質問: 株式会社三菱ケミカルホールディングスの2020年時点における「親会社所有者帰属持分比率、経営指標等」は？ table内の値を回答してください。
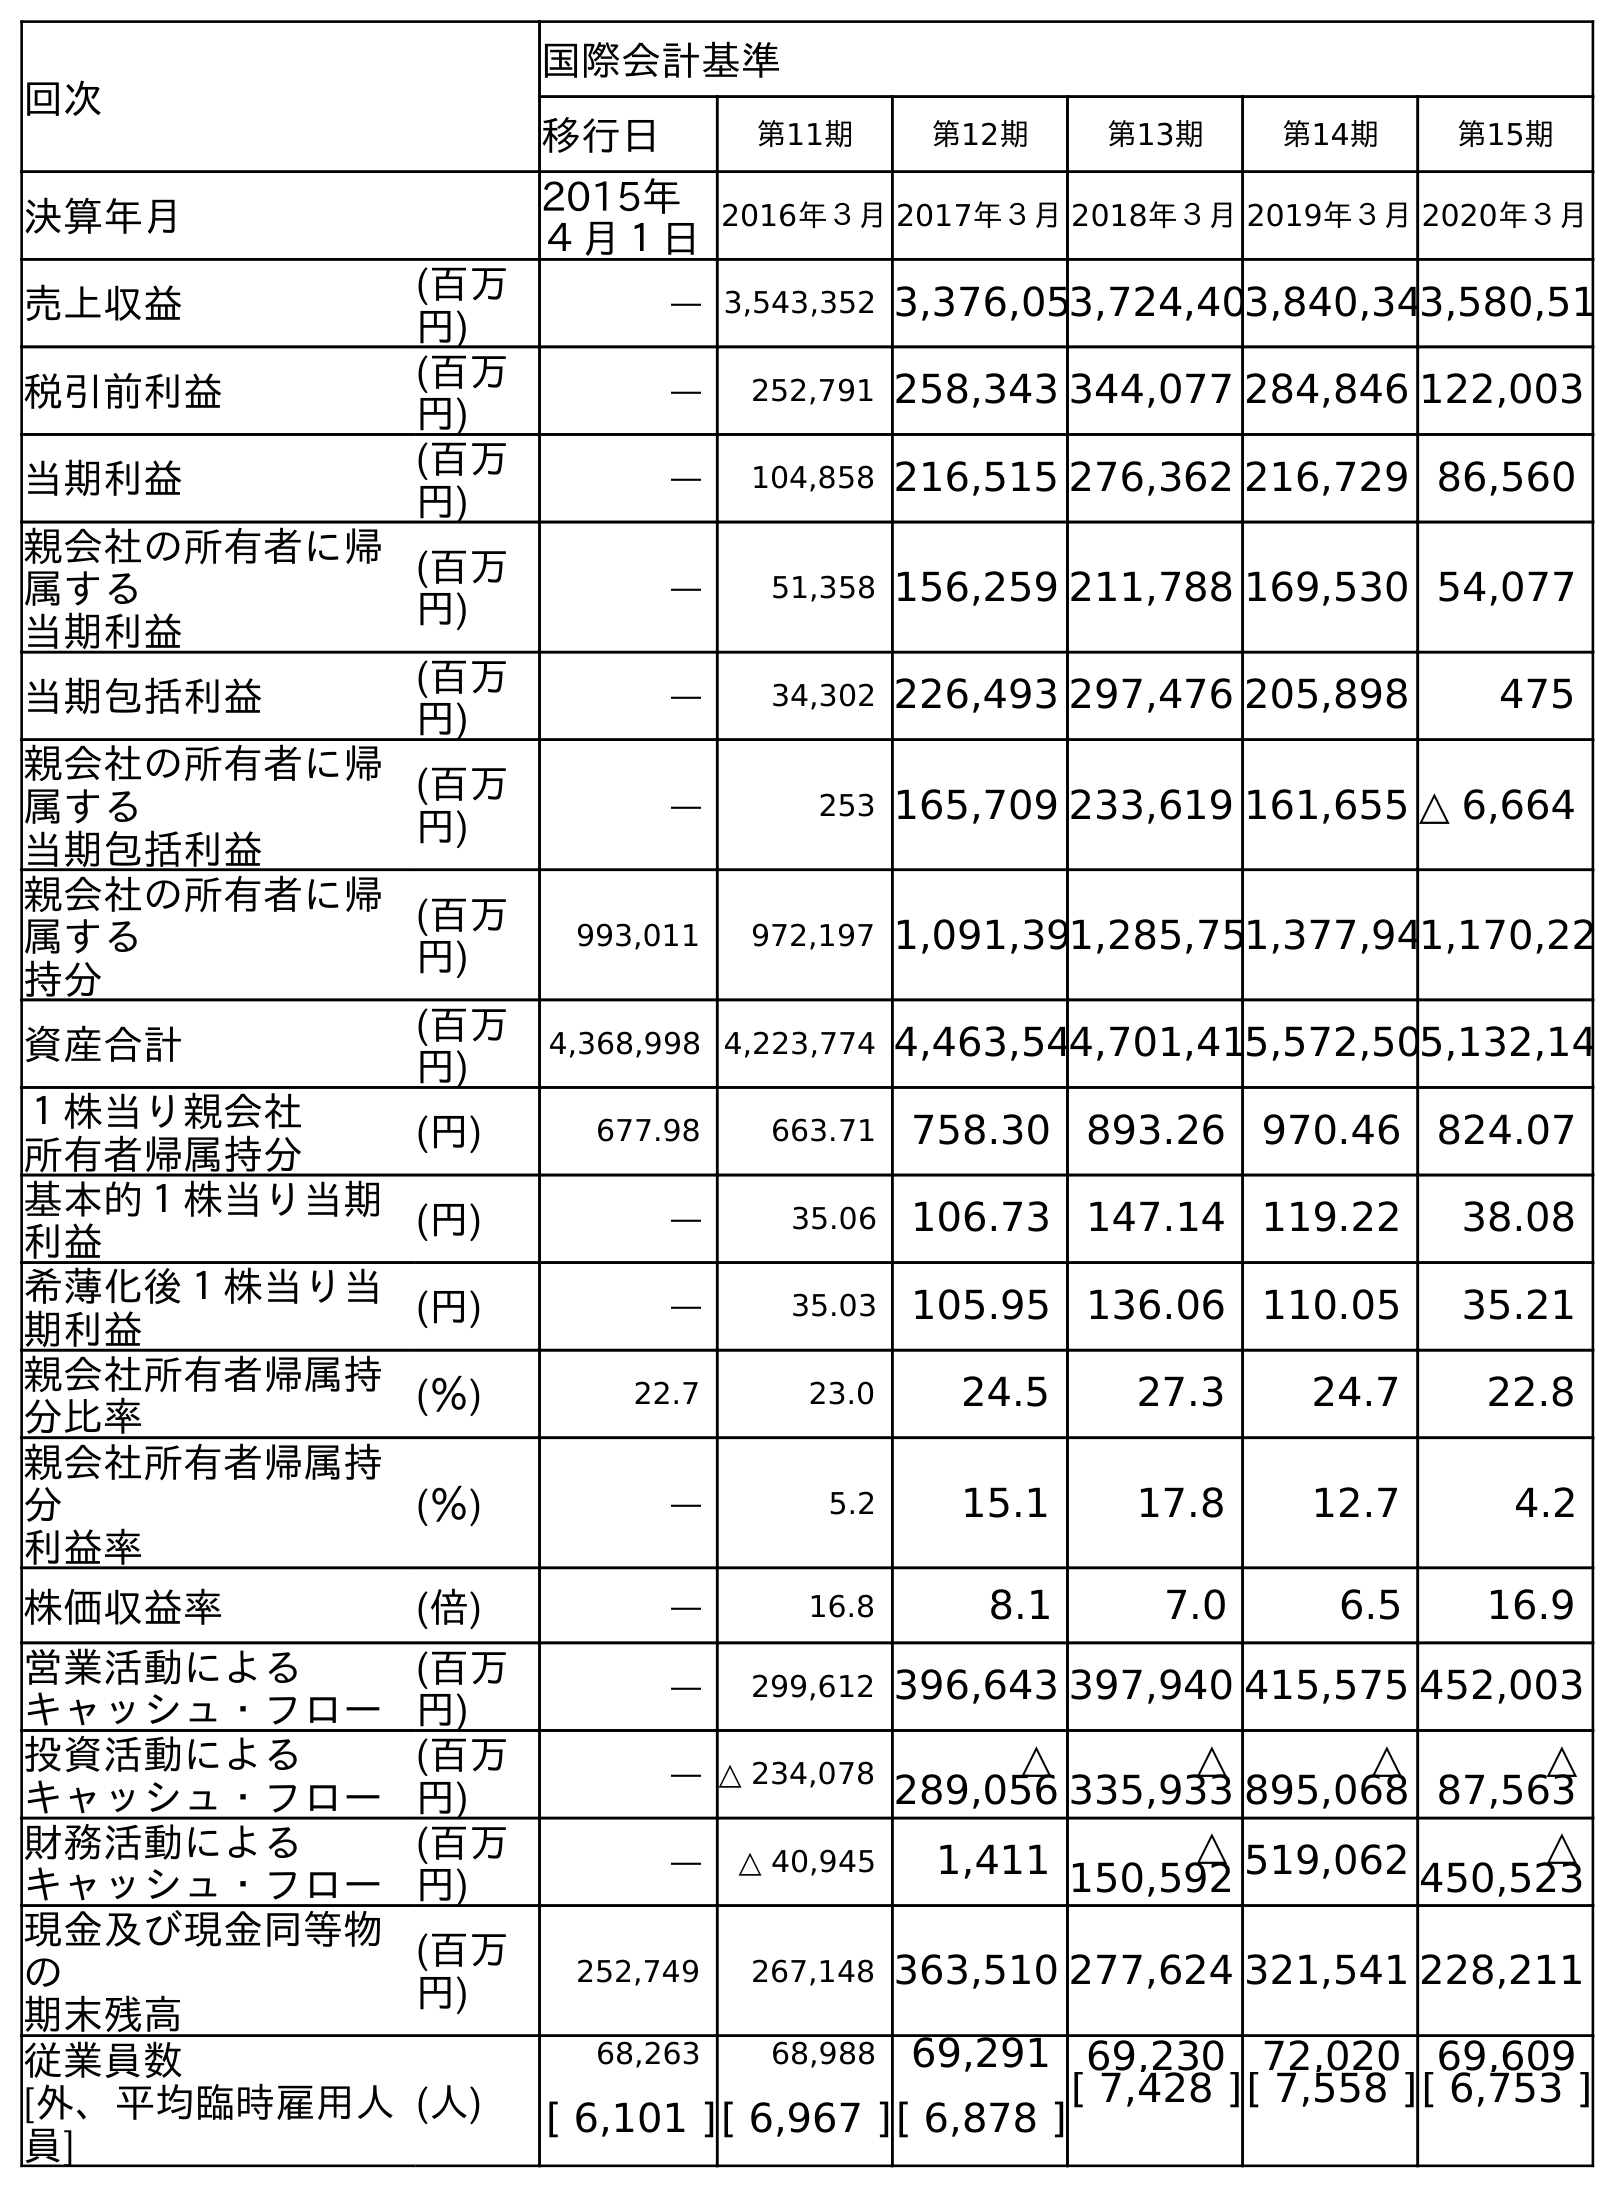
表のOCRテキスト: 回次 国際会計基準 移行日 第11期 第12期 第13期 第14期 第15期 決算年月 2015年 ４月１日 2016年３月2017年３月2018年３月2019年３月2020年３月 売上収益 (百万 円) ― 3,543,352 3,376,053,724,403,840,343,580,51 税引前利益 (百万 円) ― 252,791 258,343 344,077 284,846 122,003 当期利益 (百万 円) ― 104,858 216,515 276,362 216,729 86,560 親会社の所有者に帰 属する 当期利益 (百万 円) ― 51,358 156,259 211,788 169,530 54,077 当期包括利益 (百万 円) ― 34,302 226,493 297,476 205,898 475 親会社の所有者に帰 属する 当期包括利益 (百万 円) ― 253 165,709 233,619 161,655 △ 6,664 親会社の所有者に帰 属する 持分 (百万 円) 993,011 972,197 1,091,391,285,751,377,941,170,22 資産合計 (百万 円) 4,368,998 4,223,774 4,463,544,701,415,572,505,132,14 １株当り親会社 所有者帰属持分 (円) 677.98 663.71 758.30 893.26 970.46 824.07 基本的１株当り当期 利益 (円) ― 35.06 106.73 147.14 119.22 38.08 希薄化後１株当り当 期利益 (円) ― 35.03 105.95 136.06 110.05 35.21 親会社所有者帰属持 分比率 (％) 22.7 23.0 24.5 27.3 24.7 22.8 親会社所有者帰属持 分 利益率 (％) ― 5.2 15.1 17.8 12.7 4.2 株価収益率 (倍) ― 16.8 8.1 7.0 6.5 16.9 営業活動による キャッシュ・フロー (百万 円) ― 299,612 396,643 397,940 415,575 452,003 投資活動による キャッシュ・フロー (百万 円) ― △ 234,078 △ 289,056 △ 335,933 △ 895,068 △ 87,563 財務活動による キャッシュ・フロー (百万 円) ― △ 40,945 1,411 △ 150,592 519,062 △ 450,523 現金及び現金同等物 の 期末残高 (百万 円) 252,749 267,148 363,510 277,624 321,541 228,211 従業員数 [外、平均臨時雇用人 員] (人) 68,263 68,988 69,291 69,230 72,020 69,609 [ 6,101 ][ 6,967 ][ 6,878 ][ 7,428 ][ 7,558 ][ 6,753 ]
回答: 22.8